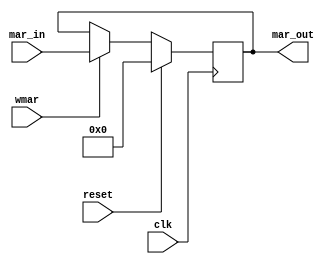
/*-----------------------------------------------------------------------------
   Este fichero es parte del procesador DAPA2014 diseado en la asignatura
   Diseo de Avanzado de Procesadores y Aplicaciones del 
   Master Universitario en Ingeniera de Computadores y Redes de la
   Universidad de Sevilla
   
   It is distributed under GNU General Public License
   See at http://www.gnu.org/licenses/gpl.html 
   Copyright (C) 2013 Paulino Ruiz de Clavijo Vzquez <paulino@dte.us.es>
   You can get more info at http://www.dte.us.es/id2
--------------------------------------------------------------------------------

   Fecha:     04-12-2013
   Revisin:  1

   Autor/es:    Toms Jess Rubio Campos, Miguel Angel Rodriguez Jodar
   Comentarios: La seal de entrada segn el dibujo se llama wmar
   
--*--------------------------------- End auto header, don't touch this line --*/
`timescale 1ns / 1ps

module mar(
    input clk,
    input reset,
    input wmar,
    input [7:0] mar_in,
    output [7:0] mar_out
    );
    
	 reg [7:0] mar = 8'h00;	 
	 assign mar_out = mar;
	 
	 always @(posedge clk) begin
		if (reset == 1'b1)
			mar <= 8'h00;
		else if (wmar == 1'b1)
			mar <= mar_in;
	 end
endmodule